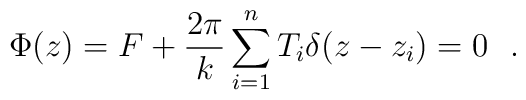
\Phi(z)=F+\frac{2\pi}{k} \sum_{i=1}^{n}T_{i}\delta(z-z_{i})=0\ \ .